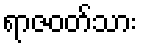
ရာဇဝတ်သား